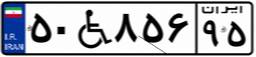
۵۰W۸۵۶۹۵